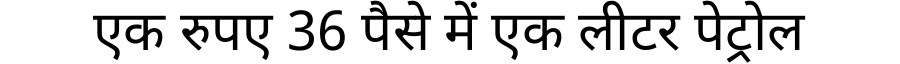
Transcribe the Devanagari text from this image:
एक रुपए 36 पैसे में एक लीटर पेट्रोल